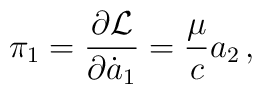
\pi_1 = {\partial {\cal L} \over \partial \dot a_1}= {\mu \over c} a_2\,,